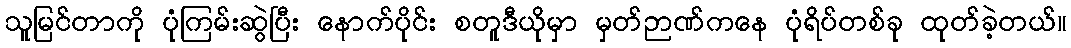
သူမြင်တာကို ပုံကြမ်းဆွဲပြီး နောက်ပိုင်း စတူဒီယိုမှာ မှတ်ဉာဏ်ကနေ ပုံရိပ်တစ်ခု ထုတ်ခဲ့တယ်။